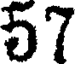
57